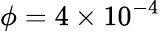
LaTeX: \phi=4\times 10^{-4}